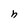
Character: h